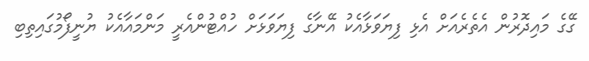
ގޭގެ މައިދޮރުން އެތެރެއަށް އެޅި ފިޔަވަޅާއެކު އޭނާގެ ފިޔަވަޅަށް ހުއްޓުންއެރީ މަންމައާއެކު ޔުނީފޯމުގައިތިބި